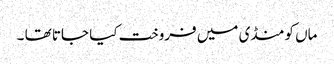
ماں کو منڈی میں فروخت کیا جاتا تھا ۔